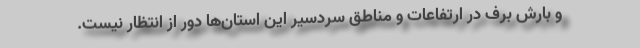
و بارش برف در ارتفاعات و مناطق سردسیر این استان‌ها دور از انتظار نیست.